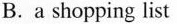
B. a shopping list